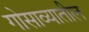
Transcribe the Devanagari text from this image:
गोसाव्यातील